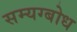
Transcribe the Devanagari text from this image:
सम्यग्बोध